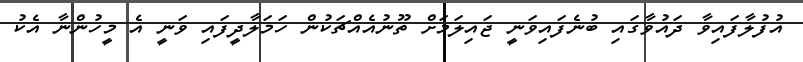
އުފުލާފައިވާ ދައުވާގައި ބުނެފައިވަނީ ޖައިލަމަށް ތޫނުއެއްޗަކުން ހަމަލާދީފައި ވަނީ އެ މީހުންނާ އެކު